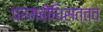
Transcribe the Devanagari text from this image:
परमबोधिसत्त्व